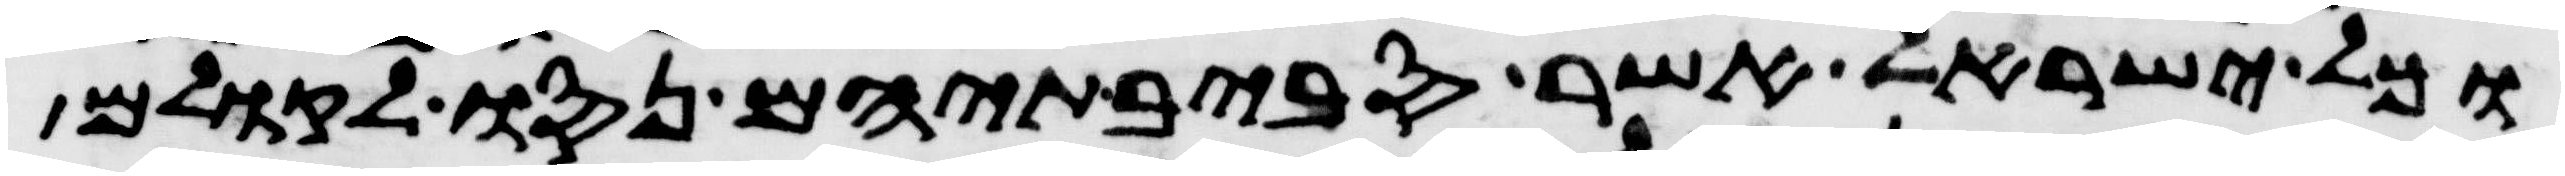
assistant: וכל ישראל אשר סביבתיהם נסו לקולם